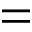
=